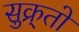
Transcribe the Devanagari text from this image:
सुक्र्तो